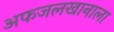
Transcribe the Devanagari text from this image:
अफजलखानाला